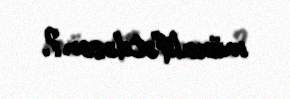
müxalifətdəsən?.